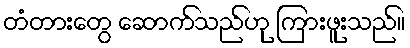
တံတားတွေ ဆောက်သည်ဟု ကြားဖူးသည်။